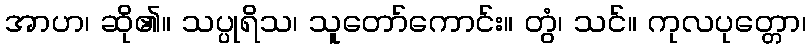
အာဟ၊ ဆို၏။ သပ္ပုရိသ၊ သူတော်ကောင်း။ တွံ၊ သင်။ ကုလပုတ္တော၊